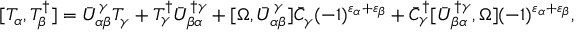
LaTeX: [ { \cal T } _ { \alpha } , { \cal T } _ { \beta } ^ { \dagger } ] = \bar { U } _ { \alpha \beta } ^ { \gamma } { \cal T } _ { \gamma } + { \cal T } _ { \gamma } ^ { \dagger } \bar { U } _ { \beta \alpha } ^ { \dagger \gamma } + [ \Omega , \bar { U } _ { \alpha \beta } ^ { \gamma } ] \bar { C } _ { \gamma } ( - 1 ) ^ { \varepsilon _ { \alpha } + \varepsilon _ { \beta } } + \bar { C } _ { \gamma } ^ { \dagger } [ \bar { U } _ { \beta \alpha } ^ { \dagger \gamma } , \Omega ] ( - 1 ) ^ { \varepsilon _ { \alpha } + \varepsilon _ { \beta } } ,